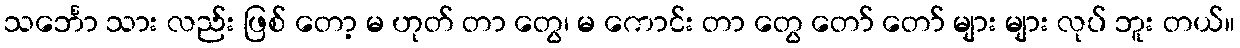
သင်္ဘော သား လည်း ဖြစ် တော့ မ ဟုတ် တာ တွေ၊ မ ကောင်း တာ တွေ တော် တော် များ များ လုပ် ဘူး တယ်။